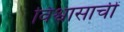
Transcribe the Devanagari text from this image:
विश्वासाचीं